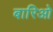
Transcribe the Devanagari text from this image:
बारिओ